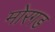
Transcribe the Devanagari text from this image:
मोरगड